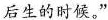
后生的时候。”